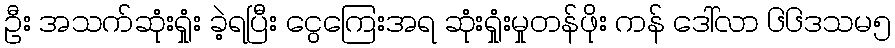
ဦး အသက်ဆုံးရှုံး ခဲ့ရပြီး ငွေကြေးအရ ဆုံးရှုံးမှုတန်ဖိုး ကန် ဒေါ်လာ ၆၆ဒသမ၅